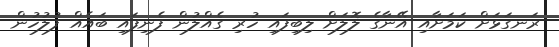
ރަނގަޅަށް ކަމަށާއި އޭނާގެ ލޮލަށް ލިބިފައި ހުރި ގެއްލުން ފެނިފައި ބައެއް ފުލުހުން